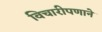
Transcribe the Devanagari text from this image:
विचारीपणाने